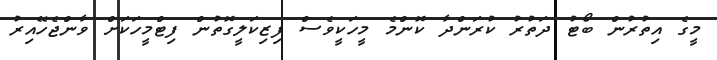
މީގެ އިތުރުން ބޯޓު ދަތުރު ކުރަންދާ ކޮންމެ މީހަކީވެސް ފިޒިކަލީގޮތުން ފިޓްމީހަކަށް ވާންޖެހޭއިރު